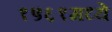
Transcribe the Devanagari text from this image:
१५६१मध्ये